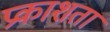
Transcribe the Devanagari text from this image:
प्रकाशता